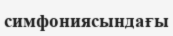
симфониясындағы